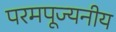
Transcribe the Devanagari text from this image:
परमपूज्‍यनीय